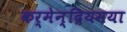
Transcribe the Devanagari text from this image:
कर्मेन्द्रियमया